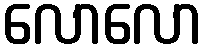
လောလော